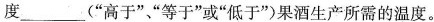
度___(”高于””等于”或”低于”)果酒生产所需的温度。